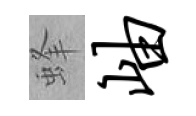
蜂岫